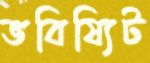
ভবিষ্যিট